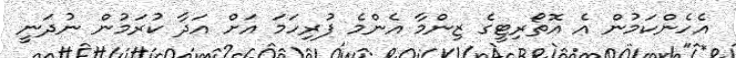
އެހެންކަމުން އެ އޮތޯރިޓީގެ ޒިންމާ އެންމެ ފުރިހަމަ އަށް އަދާ ކުރަމުން ނުދަނީ